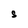
Character: S